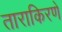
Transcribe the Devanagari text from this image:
ताराकिरणें